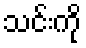
သင်းကို